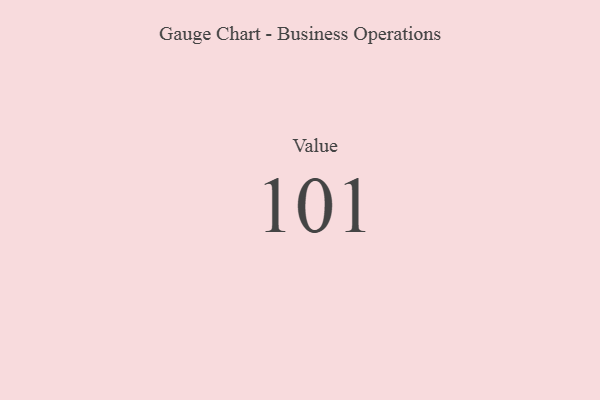
{"axis": {"x": "Metric", "y": "Value"}, "legend": [""], "data": [{"x": "Value", "y": 101, "type": ""}]}